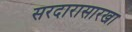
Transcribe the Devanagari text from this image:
सरदारासारखा